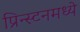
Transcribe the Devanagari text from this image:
प्रिन्स्टनमध्ये